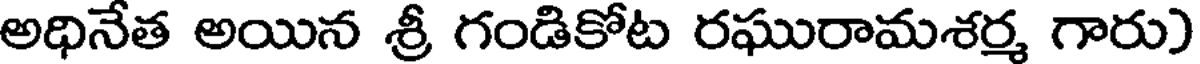
అధినేత అయిన శ్రీ గండికోట రఘురామశర్మ గారు)